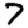
Digit: 7